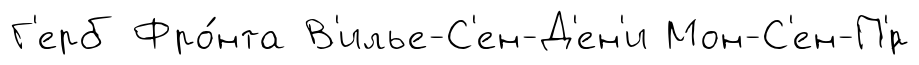
Г'ерб Фро́нта В'илье-С'ен-Д'ен'и Мон-С'ен-П'́р